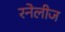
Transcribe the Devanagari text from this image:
रनेलीज